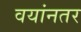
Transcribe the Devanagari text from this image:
वयांनतर